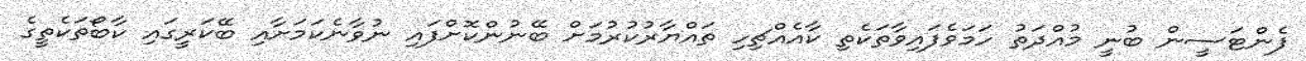
ފެންޓަސީން ބުނީ މުއްދަތު ހަމަވެފައިވާތަކެތި ކާއެއްޗިހި ތައްޔާރުކުރުމަށް ބޭނުންކޮށްފައި ނުވާނެކަމަށާއި ބޭކަރީގައި ކާބޯތަކެތީގެ